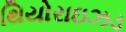
થિયોરાઇઝડ